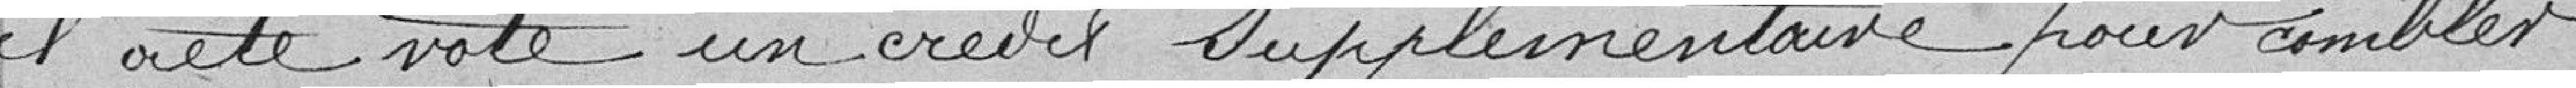
il a été voté un crédit supplémentaire pour combler